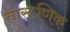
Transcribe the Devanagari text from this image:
तारूणिक